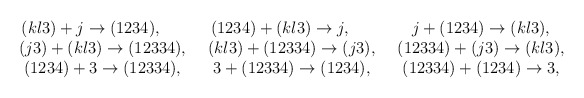
\begin{align*}\begin{array}{ccc}(kl3)+j\rightarrow (1234),\qquad & (1234)+(kl3)\rightarrow j,\qquad & j+(1234)\rightarrow (kl3), \\ (j3)+(kl3)\rightarrow (12334),\,\,\, & (kl3)+(12334)\rightarrow (j3),\,\,\,& (12334)+(j3)\rightarrow (kl3), \\ (1234)+3\rightarrow (12334),\,\,\, & 3+(12334)\rightarrow (1234),\,\,\, & (12334)+(1234)\rightarrow 3,\end{array}\end{align*}